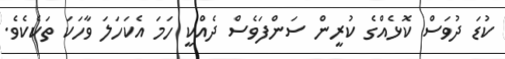
ކުޑަ ދުވަސް ކޮޅެއްގެ ކުރީން ސަންފަވެސް ދެއްކީ ހަމަ އެކަހަލަ ވާހަކަ ތަކެކެވެ.